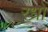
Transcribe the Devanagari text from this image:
रध्राें